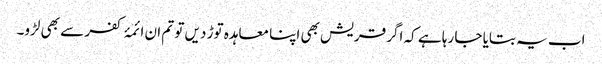
اب یہ بتایا جا رہا ہے کہ اگر قریش بھی اپنا معاہدہ توڑ دیں تو تم ان ائمۂ کفر سے بھی لڑو۔